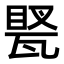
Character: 𤭲